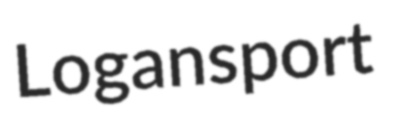
Logansport